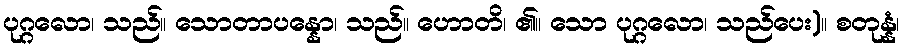
ပုဂ္ဂလော၊ သည်။ သောတာပန္နော၊ သည်။ ဟောတိ၊ ၏။ သော ပုဂ္ဂလော၊ သည်ပေး)။ စတုန္နံ၊